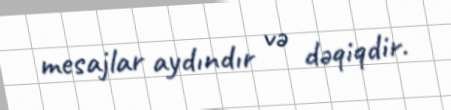
mesajlar aydındır və dəqiqdir.